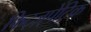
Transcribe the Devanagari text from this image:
फिट्ज़्पेट्रिक